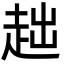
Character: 趉